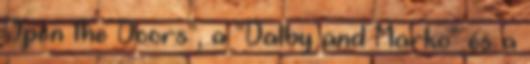
Open the Doors", a "Dalby and Marko" és a